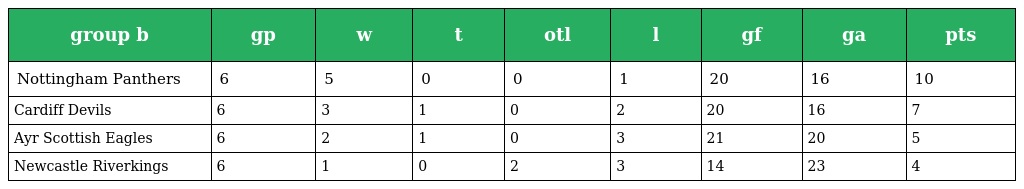
| group b | gp | w | t | otl | l | gf | ga | pts |
 | --- | --- | --- | --- | --- | --- | --- | --- | --- |
 | Nottingham Panthers | 6 | 5 | 0 | 0 | 1 | 20 | 16 | 10 |
 | Cardiff Devils | 6 | 3 | 1 | 0 | 2 | 20 | 16 | 7 |
 | Ayr Scottish Eagles | 6 | 2 | 1 | 0 | 3 | 21 | 20 | 5 |
 | Newcastle Riverkings | 6 | 1 | 0 | 2 | 3 | 14 | 23 | 4 |